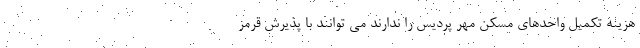
هزینه تکمیل واحدهای مسکن مهر پردیس را ندارند می توانند با پذیرش قرمز